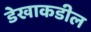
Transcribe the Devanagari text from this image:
डेखाकडील